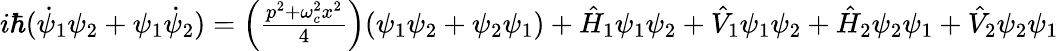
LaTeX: \begin{array}{r}{i\hbar(\dot{\psi}_{1}\psi_{2}+\psi_{1}\dot{\psi}_{2})=\left(\frac{p^{2}+\omega_{c}^{2}x^{2}}{4}\right)(\psi_{1}\psi_{2}+\psi_{2}\psi_{1})+\hat{H}_{1}\psi_{1}\psi_{2}+\hat{V}_{1}\psi_{1}\psi_{2}+\hat{H}_{2}\psi_{2}\psi_{1}+\hat{V}_{2}\psi_{2}\psi_{1}}\end{array}